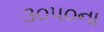
૩૦૫૦ના